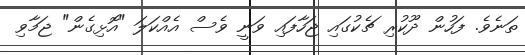
ތަނެވެ. ފަހުން ދޫކުރި ޗެކުގައި ޖަހާފައި ވަނީ ވެސް އެއްކަލަ "އޮޅިގެން" ޖަމާވި